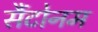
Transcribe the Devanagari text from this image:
सैंटोनम